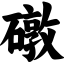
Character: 礅